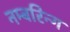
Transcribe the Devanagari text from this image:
नम्बरिन्ग